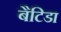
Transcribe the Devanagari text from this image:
बैटिडा